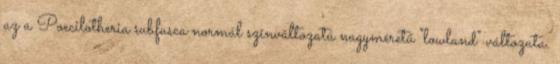
az a Poecilotheria subfusca normál színváltozatú nagyméretű "lowland" változata.